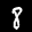
Label: 8